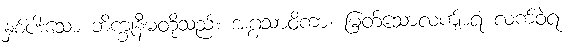
နှစ်ပါးသော ဘိက္ခုနီမတို့သည်။ အဂ္ဂသာဝိကာ၊ မြတ်သောလကျ်ာရံ လက်ဝဲရံ